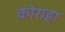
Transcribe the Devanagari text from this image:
कोराहा